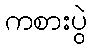
ကစားပွဲ